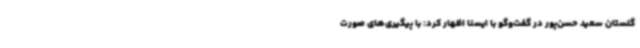
گلستان سعید حسن‌پور در گفت‌وگو با ایسنا اظهار کرد: با پیگیری‌های صورت